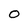
Character: 0